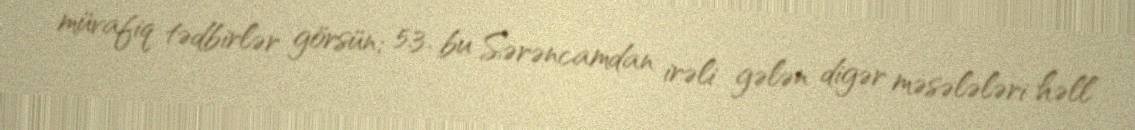
müvafiq tədbirlər görsün; 5.3. bu Sərəncamdan irəli gələn digər məsələləri həll